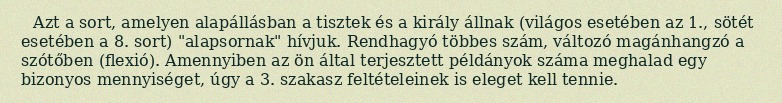
Azt a sort, amelyen alapállásban a tisztek és a király állnak (világos esetében az 1., sötét esetében a 8. sort) "alapsornak" hívjuk. Rendhagyó többes szám, változó magánhangzó a szótőben (flexió). Amennyiben az ön által terjesztett példányok száma meghalad egy bizonyos mennyiséget, úgy a 3. szakasz feltételeinek is eleget kell tennie.